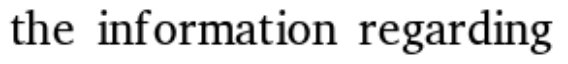
the information regarding